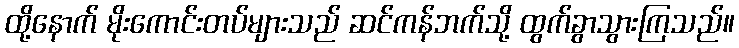
ထို့နောက် မိုးကောင်းတပ်များသည် ဆင်ကန်ဘက်သို့ ထွက်ခွာသွားကြသည်။